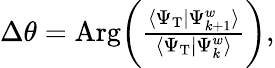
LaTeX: \begin{array}{r}{\Delta\theta=\mathrm{Arg}\bigg(\frac{\langle\Psi_{\mathrm{T}}|\Psi_{k+1}^{w}\rangle}{\langle\Psi_{\mathrm{T}}|\Psi_{k}^{w}\rangle}\bigg),}\end{array}